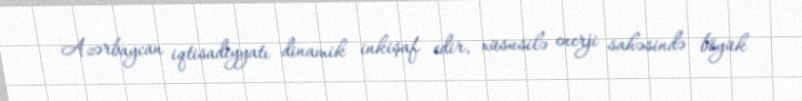
Azərbaycan iqtisadiyyatı dinamik inkişaf edir, xüsusilə enerji sahəsində böyük